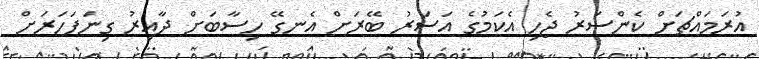
އުރަމައްޗަށް ކެންސަރު ޖެހި އެކަމުގެ އަސަރު ބޭރަށް އެނގޭ ހިސާބަށް ދާއިރު ގިނަފަހަރަށް